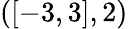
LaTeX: ([-3,3],2)